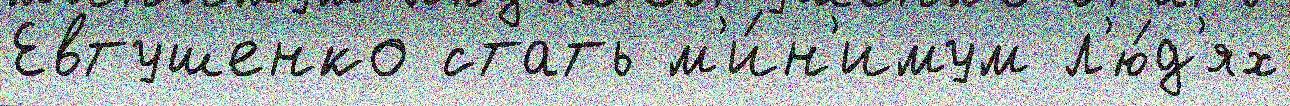
Евтушенко стать м'и́н'имум л'ю́д'ях